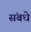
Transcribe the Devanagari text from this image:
संबधे